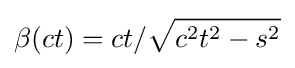
\beta (ct)=ct/{\sqrt {c^{2}t^{2}-s^{2}}}